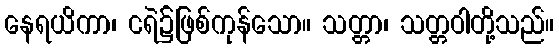
နေရယိကာ၊ ငရဲ၌ဖြစ်ကုန်သော။ သတ္တာ၊ သတ္တဝါတို့သည်။